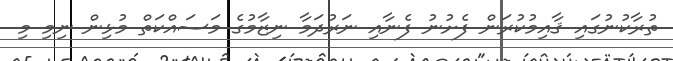
ތުރާކުނުގައި ޤާއިމުކުރަން ފެށުނު ފެނާއި ނަރުދަމާ ނިޒާމުގެ މަސައްކަތް މުޅިން ނިމި މި